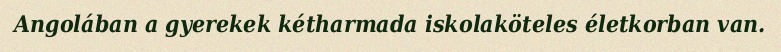
Angolában a gyerekek kétharmada iskolaköteles életkorban van.